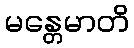
မန္တေမာတိ